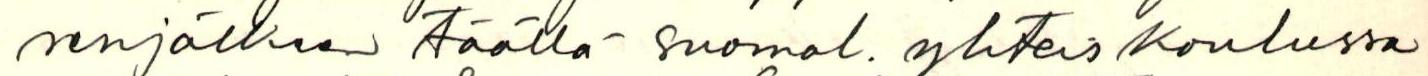
senjälkeen täällä suomal. yhteiskoulussa